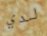
لدي